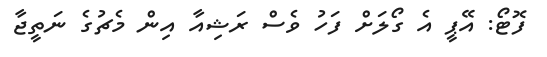
ފޮޓޯ: އޭޕީ އެ ގޯލަށް ފަހު ވެސް ރަޝިއާ އިން މެޗުގެ ނަތީޖާ